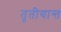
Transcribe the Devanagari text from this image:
तृतीयान्त